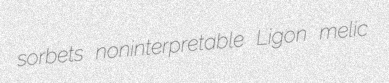
sorbets noninterpretable Ligon melic